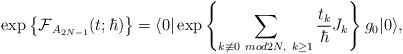
\begin{align*}\exp \left\{ \mbox{$\cal{F}$}_{A_{2N-1}} (t ; \hbar) \right \}=\langle 0 | \exp \left\{ \sum_{ k \not\equiv 0 ~mod2N ,~ k \geq 1} \frac{t_k}{\hbar}J_k \right\} g_0| 0 \rangle ,\end{align*}